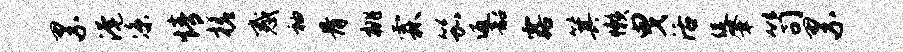
累淹凉情槎惑袖骨桃霖笳返韶露箕懒曳活促肇笥累